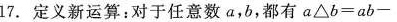
17.定义新运算：对于任意数a，b，都有$$a △ b = a b -